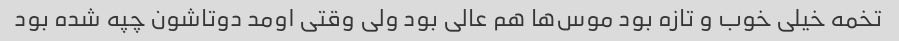
تخمه خیلی خوب و تازه بود موس‌ها هم عالی بود ولی وقتی اومد دوتاشون چپه شده بود